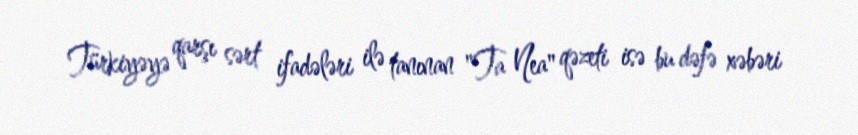
Türkiyəyə qarşı sərt ifadələri ilə tanınan "Ta Nea" qəzeti isə bu dəfə xəbəri